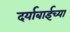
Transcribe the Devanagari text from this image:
दर्याबाईच्या